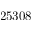
2 5 3 0 8